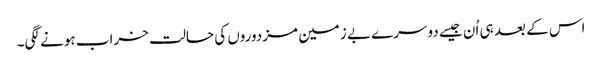
اس کے بعد ہی اُن جیسے دوسرے بے زمین مزدوروں کی حالت خراب ہونے لگی۔